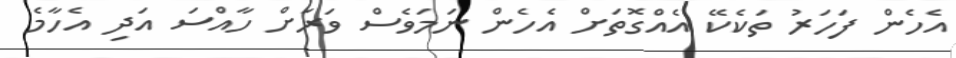
އެހެން ފަހަރު ތަކެކޭ އެއްގޮތަށް އެހެން ނަމަވެސް ވަރަށް ހާއްސަ އަދި އެހާމެ